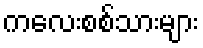
ကလေးစစ်သားများ